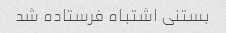
بستنی اشتباه فرستاده شد